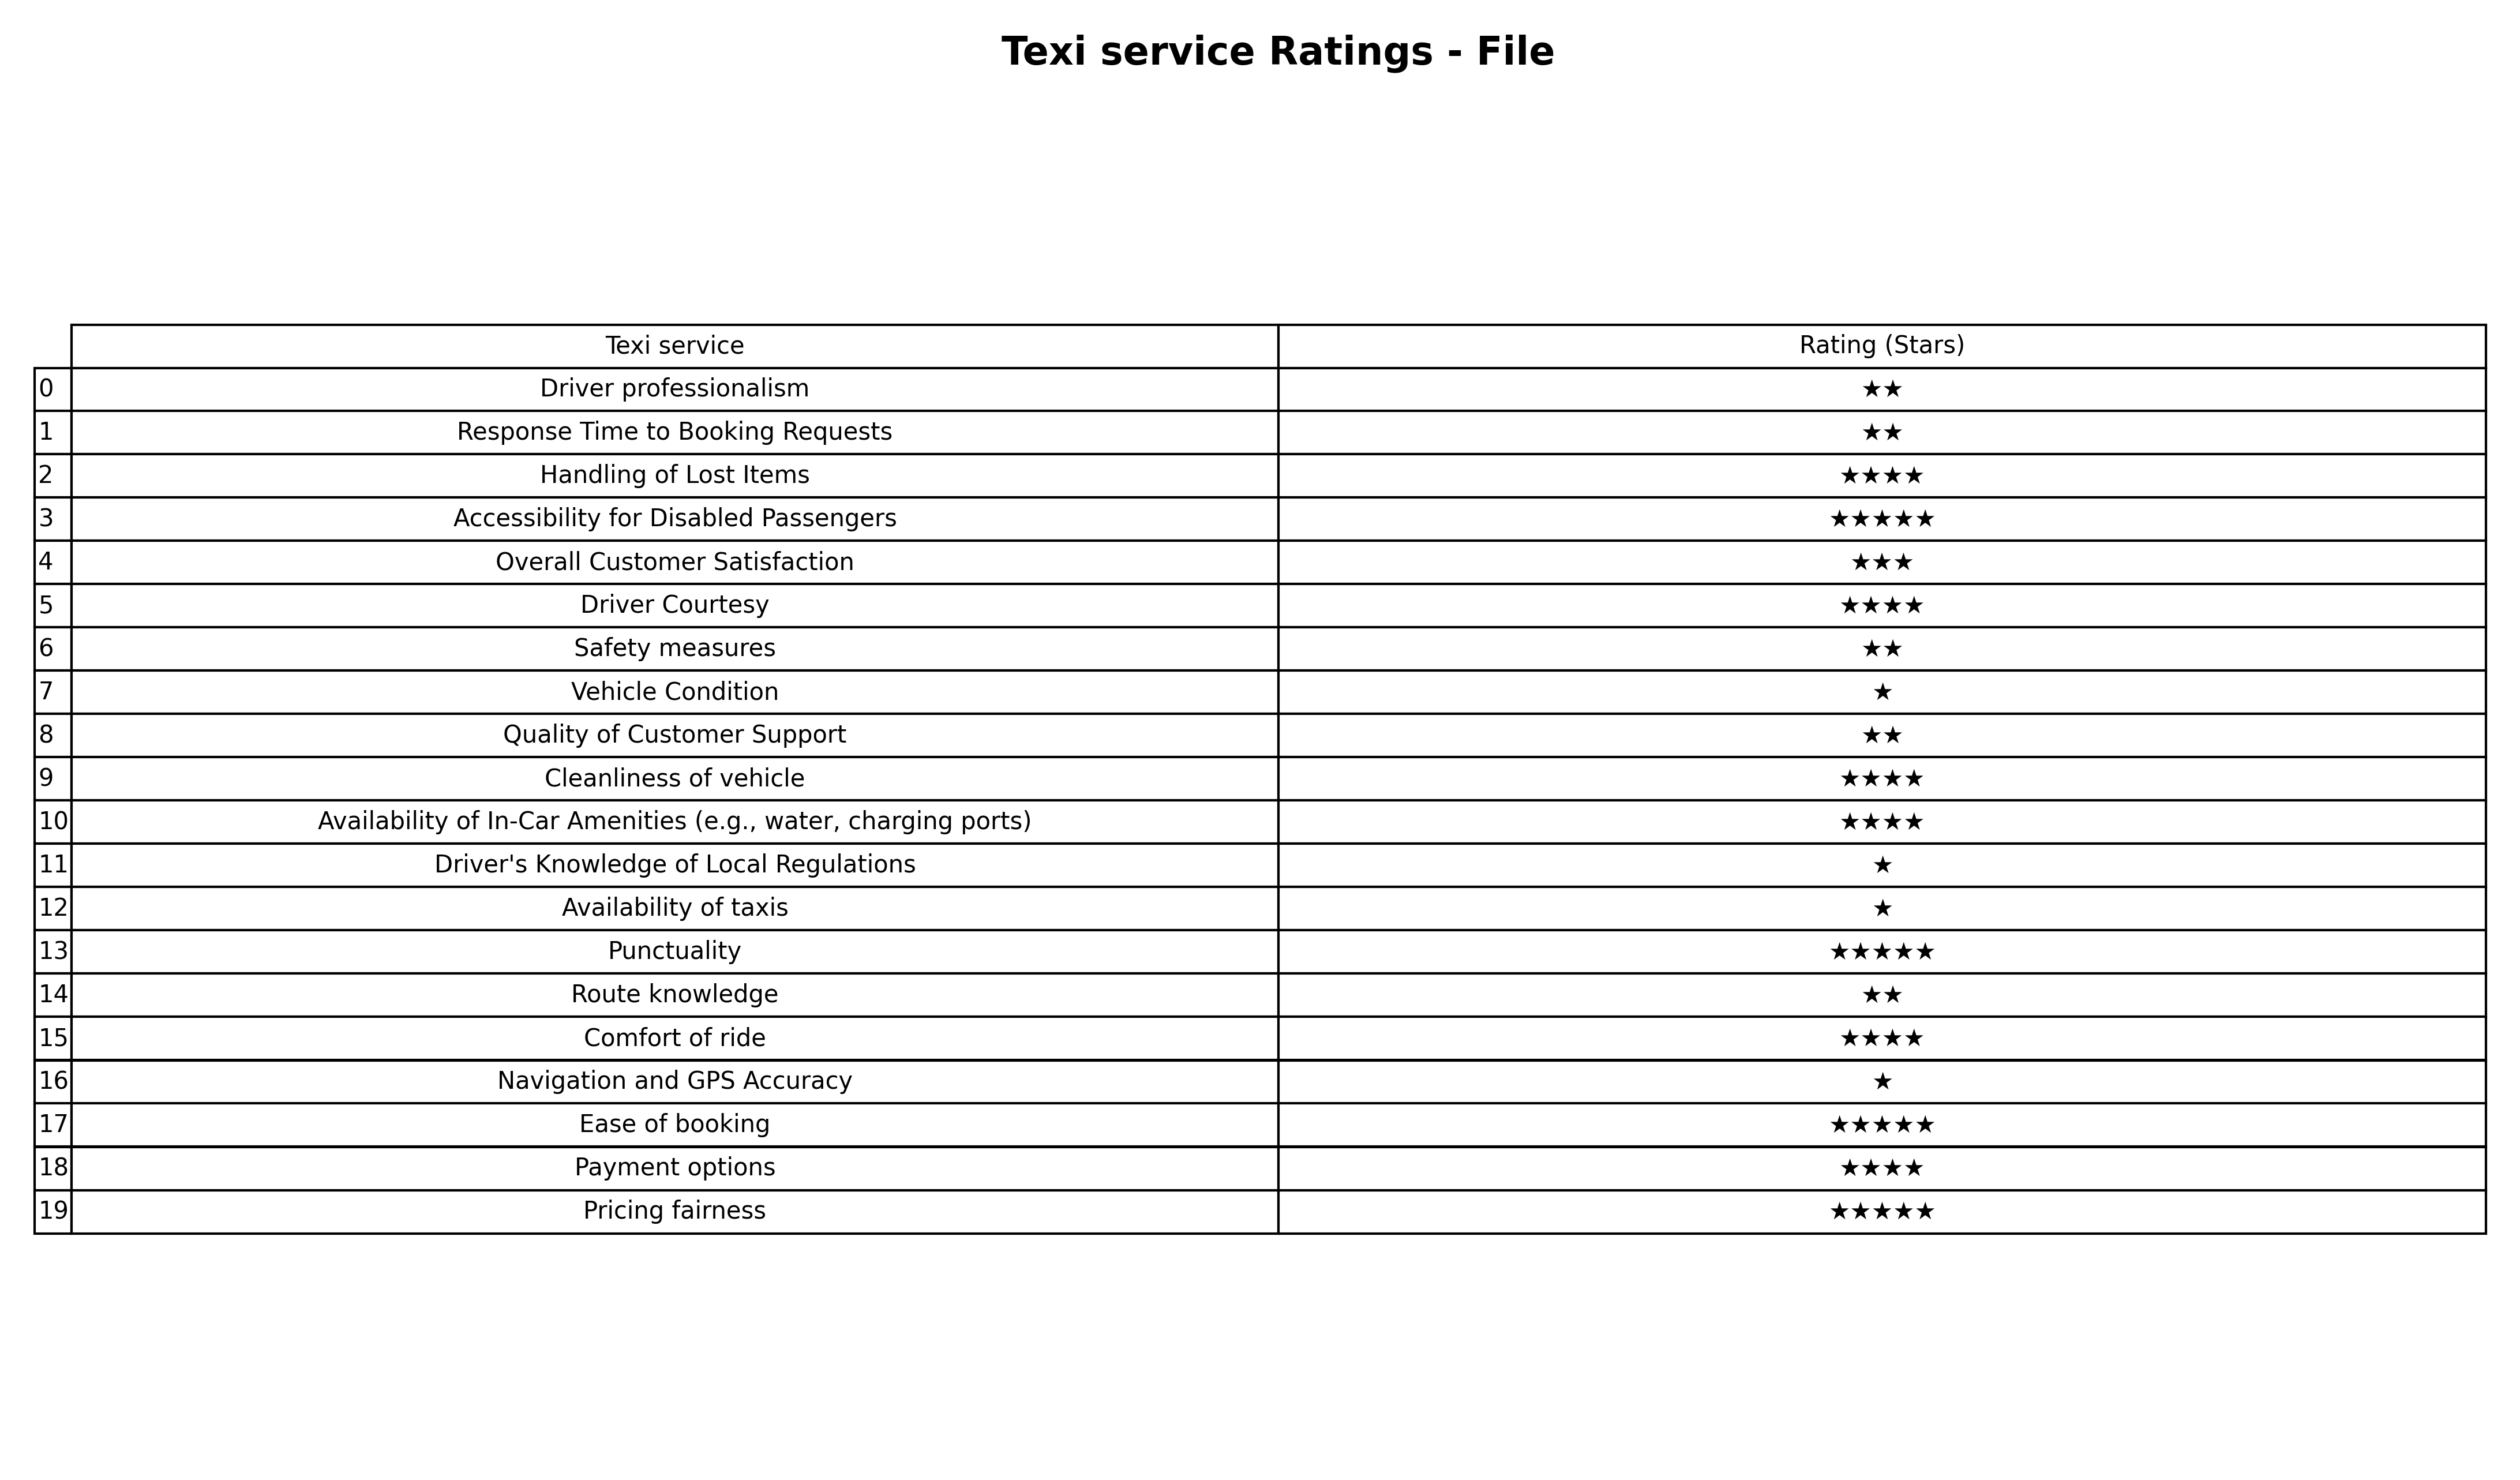
question: What is the rating of Driver's Knowledge of Local Regulations?
answer: ★